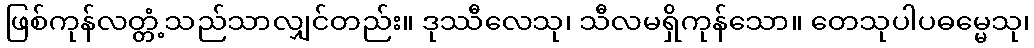
ဖြစ်ကုန်လတ္တံ့သည်သာလျှင်တည်း။ ဒုဿီလေသု၊ သီလမရှိကုန်သော။ တေသုပါပဓမ္မေသု၊